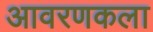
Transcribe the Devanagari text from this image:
आवरणकला